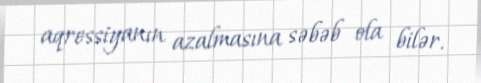
aqressiyanın azalmasına səbəb ola bilər.